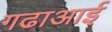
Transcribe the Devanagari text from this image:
गढाआई